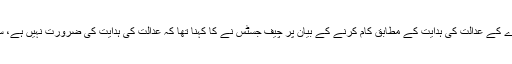
عدالت میں چیئرمین سی ڈی اے کے عدالت کی ہدایت کے مطابق کام کرنے کے بیان پر چیف جسٹس نے کا کہنا تھا کہ عدالت کی ہدایت کی ضرورت نہیں ہے، سی ڈی اے اپنا کام خود کرے۔